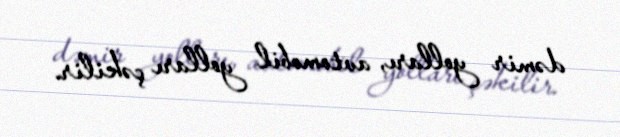
dəmir yolları, avtomobil yolları çəkilir.